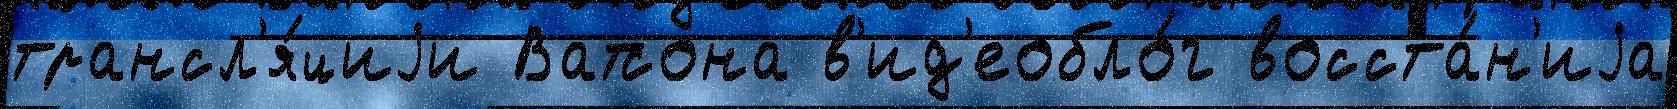
трансл'я́циjи Ватсона в'ид'еобло́г восста́н'иjа